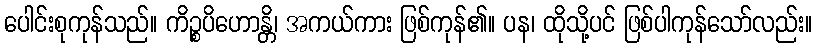
ပေါင်းစုကုန်သည်။ ကိဉ္စပိဟောန္တိ၊ အကယ်ကား ဖြစ်ကုန်၏။ ပန၊ ထိုသို့ပင် ဖြစ်ပါကုန်သော်လည်း။